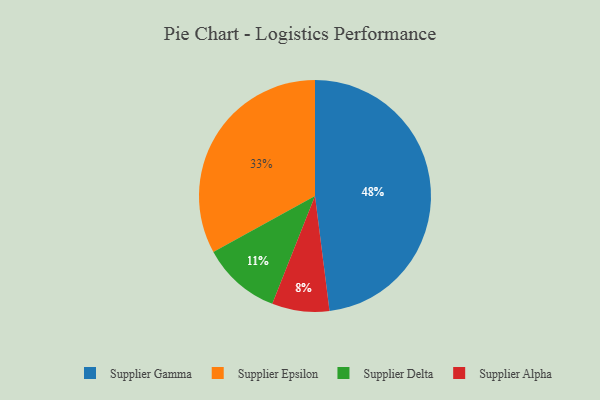
{"axis": {"x": "Category", "y": "Percentage"}, "legend": ["Supplier Alpha", "Supplier Delta", "Supplier Epsilon", "Supplier Gamma"], "data": [{"x": "Supplier Gamma", "y": 48, "type": "Supplier Gamma"}, {"x": "Supplier Delta", "y": 11, "type": "Supplier Delta"}, {"x": "Supplier Epsilon", "y": 33, "type": "Supplier Epsilon"}, {"x": "Supplier Alpha", "y": 8, "type": "Supplier Alpha"}]}